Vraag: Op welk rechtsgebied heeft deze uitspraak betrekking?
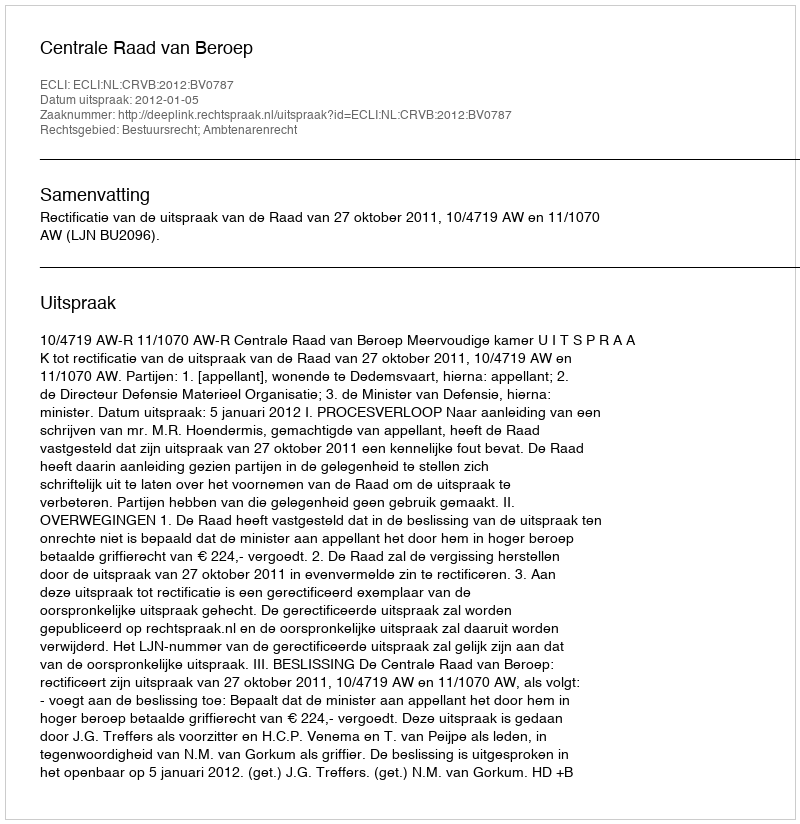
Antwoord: Bestuursrecht; Ambtenarenrecht